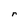
Character: r